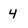
Character: 4